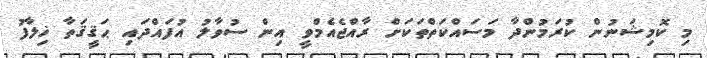
މި ކޮމިޝަނުން ކުރަމުންދާ މަސައްކަތްތަކަށް ރާއްޖެއެމްވީ އިން ސުވާލު އުފައްދައި ޙަޤީޤަތާ ޚިލާފު